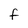
Character: F